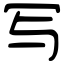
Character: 写